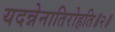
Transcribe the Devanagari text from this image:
यदन्नेनातिरोहति॥२॥